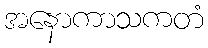
အနောကာသကတံ